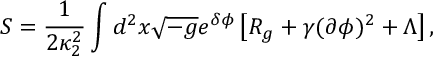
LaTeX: S = { \frac { 1 } { 2 \kappa _ { 2 } ^ { 2 } } } \int d ^ { 2 } x \sqrt { - g } e ^ { \delta \phi } \left[ { \cal R } _ { g } + \gamma ( \partial \phi ) ^ { 2 } + \Lambda \right] ,